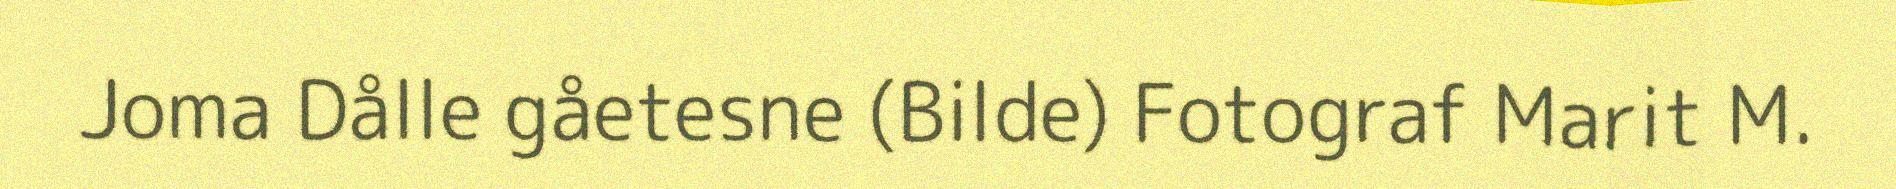
Joma Dålle gåetesne (Bilde) Fotograf Marit M.